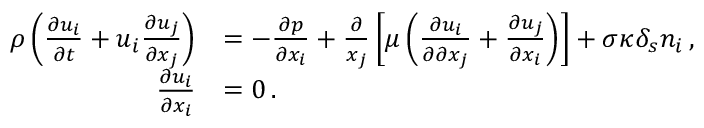
\begin{array} { r l } { \rho \left( \frac { \partial u _ { i } } { \partial t } + u _ { i } \frac { \partial u _ { j } } { \partial x _ { j } } \right) } & { = - \frac { \partial p } { \partial x _ { i } } + \frac { \partial } { x _ { j } } \left[ \mu \left( \frac { \partial u _ { i } } { \partial \partial x _ { j } } + \frac { \partial u _ { j } } { \partial x _ { i } } \right) \right] + \sigma \kappa \delta _ { s } n _ { i } \, , } \\ { \frac { \partial u _ { i } } { \partial x _ { i } } } & { = 0 \, . } \end{array}